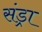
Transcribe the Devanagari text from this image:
संड्रा